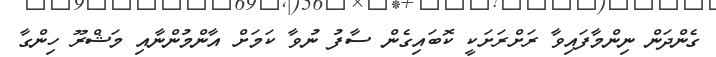
ގެންދަން ނިންމާފައިވާ ރަށްރަށަކީ ކޮބައިގެން ސާފު ނުވާ ކަމަށް އާންމުންނާއި މަޝްރޫ ހިންގާ